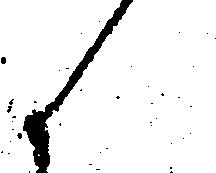
候